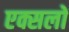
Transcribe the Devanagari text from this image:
एक्सलों